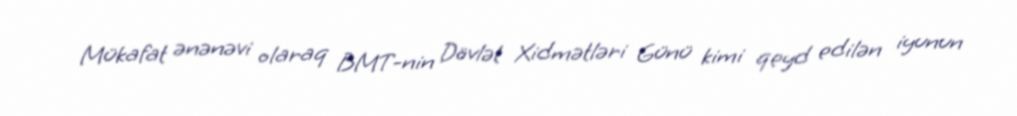
Mükafat ənənəvi olaraq BMT-nin Dövlət Xidmətləri Günü kimi qeyd edilən iyunun